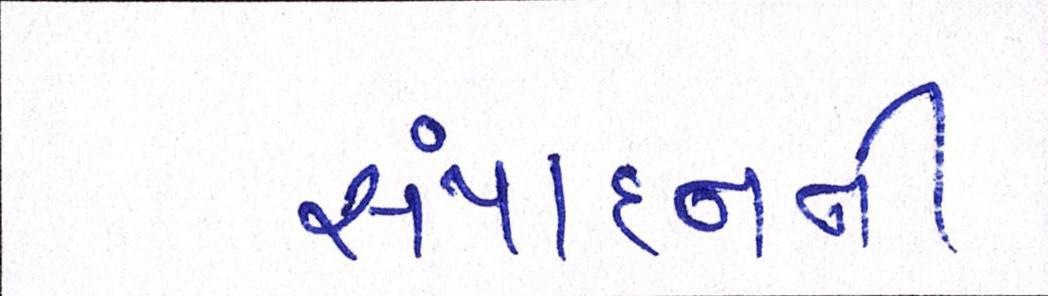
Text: સંપાદનની